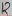
Text: 12